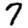
Digit: 7